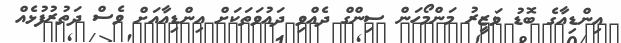
އިންޑިއާގެ ބޮޑު ވަޒީރު މަންމޯހަން ސިންގް ދެއްވި ދައުވަތަކަށް އިންޑިއާއަށް ވެސް ދަތުރުފުޅެއް